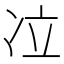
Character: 𰃹